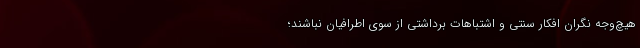
هیچ‌وجه نگران افکار سنتی و اشتباهات برداشتی از سوی اطرافیان نباشند؛